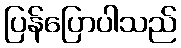
ပြန်ပြောပါသည်